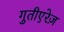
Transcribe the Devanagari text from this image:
गुतीएरेज़